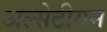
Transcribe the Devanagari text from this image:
अल्सेटीयन